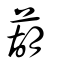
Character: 葫